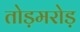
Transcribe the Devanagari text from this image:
तोड़मरोड़